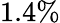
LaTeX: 1.4\%